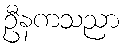
ဦနကသညာ